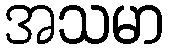
အသမာ